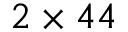
2 \times 4 4